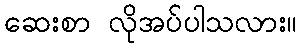
ဆေးစာ လိုအပ်ပါသလား။